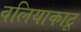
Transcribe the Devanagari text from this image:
वलियाकाटू